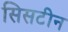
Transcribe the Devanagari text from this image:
सिसटीन